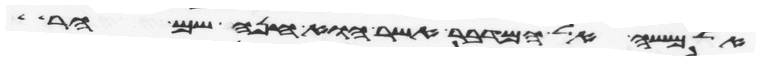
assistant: אל משה אל המדבר אשר הוא חנה שם הר